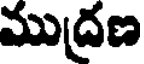
ముద్రణ